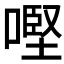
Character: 𠼤